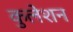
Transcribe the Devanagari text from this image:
कुलेशन